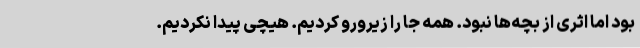
بود اما اثری از بچه‌ها نبود. همه جا را زیرورو کردیم. هیچی پیدا نکردیم.